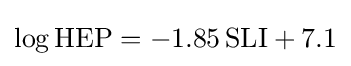
\log {\mbox{HEP}}=-1.85\,{\mbox{SLI}}+7.1